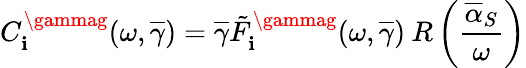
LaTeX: C_{\mathbf{i}}^{\gammag}(\omega,\overline{{{{\gamma}}}})=\overline{{{{\gamma}}}}\tilde{{F}}_{\mathbf{i}}^{\gammag}(\omega,\overline{{{{\gamma}}}})\: R\left(\frac{{\overline{{{{\alpha}}}}_{S}}}{{\omega}}\right)